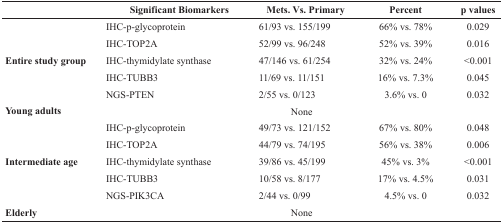
<table><thead><tr><td></td><td><b>Significant Biomarkers</b></td><td><b>Mets. Vs. Primary</b></td><td><b>Percent</b></td><td><b>p values</b></td></tr></thead><tbody><tr><td rowspan="5"><b>Entire study group</b></td><td>IHC-p-glycoprotein</td><td>61/93 vs. 155/199</td><td>66% vs. 78%</td><td>0.029</td></tr><tr><td>IHC-TOP2A</td><td>52/99 vs. 96/248</td><td>52% vs. 39%</td><td>0.016</td></tr><tr><td>IHC-thymidylate synthase</td><td>47/146 vs. 61/254</td><td>32% vs. 24%</td><td>&lt;0.001</td></tr><tr><td>IHC-TUBB3</td><td>11/69 vs. 11/151</td><td>16% vs. 7.3%</td><td>0.045</td></tr><tr><td>NGS-PTEN</td><td>2/55 vs. 0/123</td><td>3.6% vs. 0</td><td>0.032</td></tr><tr><td><b>Young adults</b></td><td></td><td>None</td><td></td><td></td></tr><tr><td rowspan="5"><b>Intermediate age</b></td><td>IHC-p-glycoprotein</td><td>49/73 vs. 121/152</td><td>67% vs. 80%</td><td>0.048</td></tr><tr><td>IHC-TOP2A</td><td>44/79 vs. 74/195</td><td>56% vs. 38%</td><td>0.006</td></tr><tr><td>IHC-thymidylate synthase</td><td>39/86 vs. 45/199</td><td>45% vs. 3%</td><td>&lt;0.001</td></tr><tr><td>IHC-TUBB3</td><td>10/58 vs. 8/177</td><td>17% vs. 4.5%</td><td>0.031</td></tr><tr><td>NGS-PIK3CA</td><td>2/44 vs. 0/99</td><td>4.5% vs. 0</td><td>0.032</td></tr><tr><td><b>Elderly</b></td><td></td><td>None</td><td></td><td></td></tr></tbody></table>